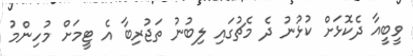
ވީބީއާ ދެކޮޅަށް ކުޅުނު ދެ މެޗުގައި ލިބުނު ތަޖުރިބާ އެ ޓީމަށް މުހިންމު